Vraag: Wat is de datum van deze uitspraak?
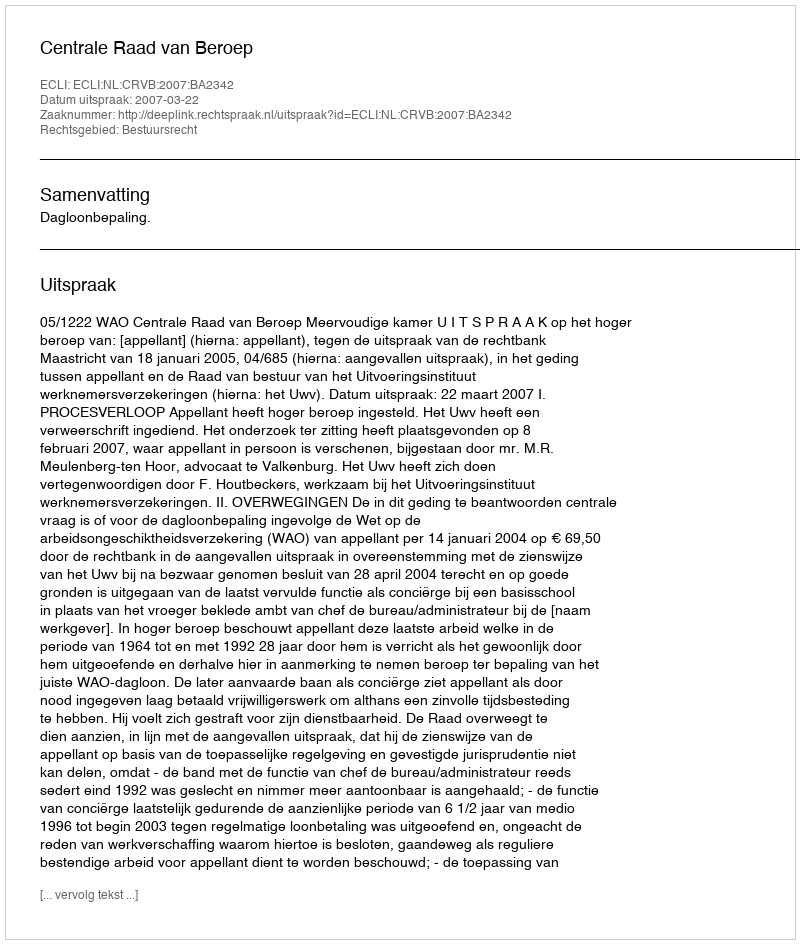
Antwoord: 2007-03-22